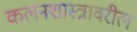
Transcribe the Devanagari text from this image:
कलनशास्त्रावरील